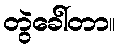
တွဲခေါ်တာ။